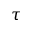
\tau